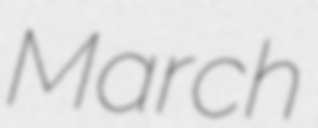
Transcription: March